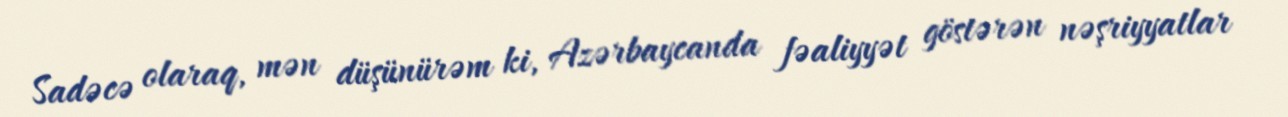
Sadəcə olaraq, mən düşünürəm ki, Azərbaycanda fəaliyyət göstərən nəşriyyatlar